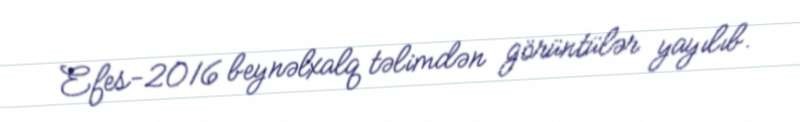
Efes-2016 beynəlxalq təlimdən görüntülər yayılıb.